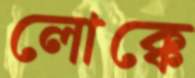
লোক্কে